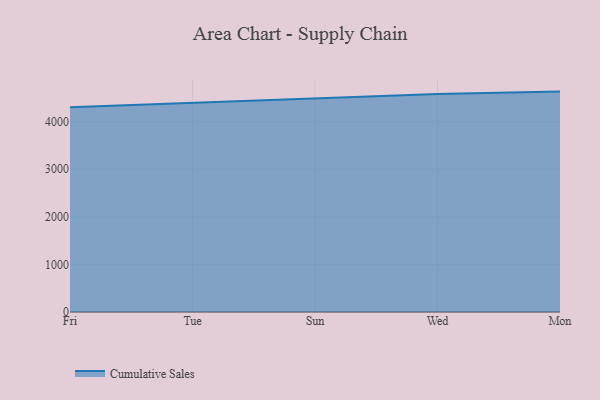
{"axis": {"x": "Day", "y": "Latency (ms)"}, "legend": ["Cumulative Sales"], "data": [{"x": "Fri", "y": 4303.3, "type": "Cumulative Sales"}, {"x": "Tue", "y": 4393.8, "type": "Cumulative Sales"}, {"x": "Sun", "y": 4491.5, "type": "Cumulative Sales"}, {"x": "Wed", "y": 4578.7, "type": "Cumulative Sales"}, {"x": "Mon", "y": 4630.2, "type": "Cumulative Sales"}]}